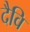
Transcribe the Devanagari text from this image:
दैवि